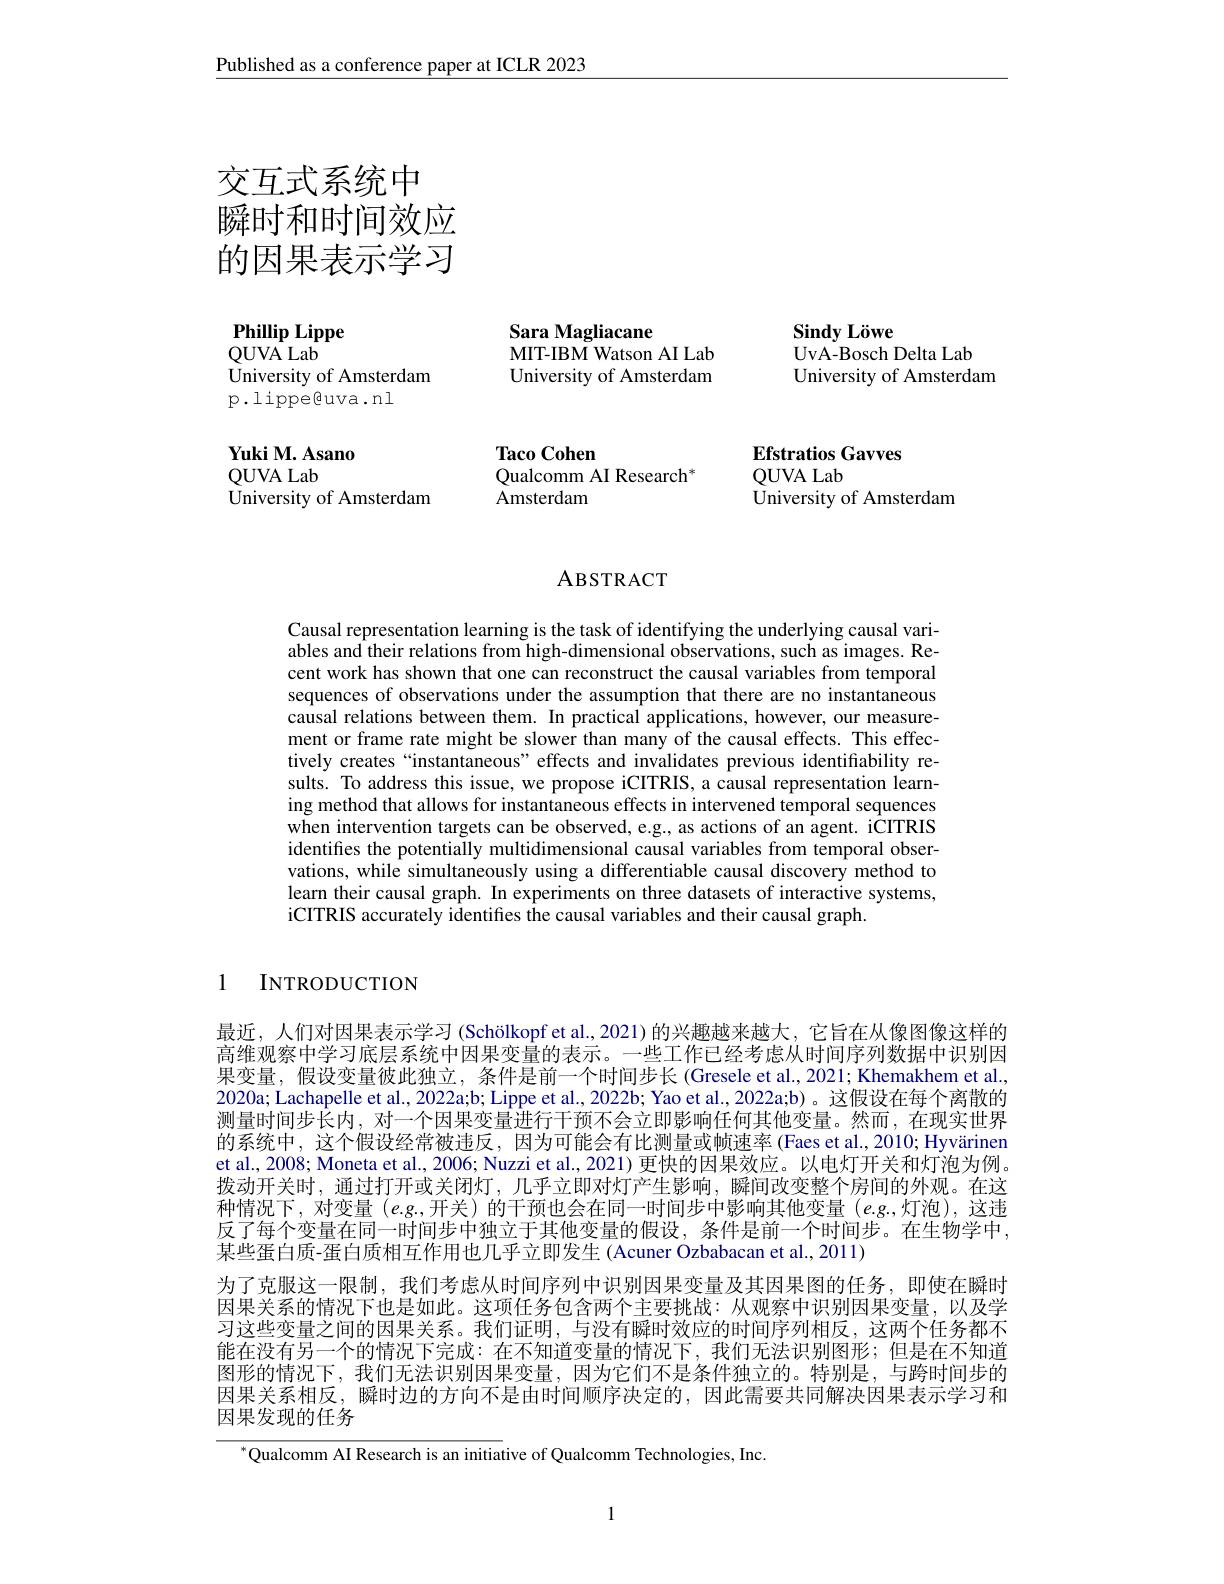
Published as a conference paper at ICLR 2023

交互式系统中
瞬时和时间效应的因果表示学习

Phillip Lippe
QUVA Lab
${\text{University of Amsterdam}}$
p.lippe@uva.nl

$\mathbf{YukiM.Asano}$
QUVA Lab
University of Amsterdam

Sara Magliacane
MIT-IBM Watson AI Lab University of Amsterdam

Sindy Löwe
UvA-Bosch Delta Lab
University of Amsterdam

${\mathrm{Taco~Cohen}}$
Qualcomm AI Research$^{*}$
Amsterdam

Efstratios Gavves
QUVA Lab
University of Amsterdam

ABSTRACT

Causal representation learning is the task of identifying the underlying causal variables and their relations from high-dimensional observations, such as images. Recent work has shown that one can reconstruct the causal variables from temporal sequences of observations under the assumption that there are no instantaneous causal relations between them. In practical applications, however, our measurement or frame rate might be slower than many of the causal effects. This effectively creates “instantaneous” effects and invalidates previous identifiability results. To address this issue, we propose iCITRIS, a causal representation learning method that allows for instantaneous effects in intervened temporal sequences when intervention targets can be observed, e.g., as actions of an agent. iCITRIS identifies the potentially multidimensional causal variables from temporal observations, while simultaneously using a differentiable causal discovery method to learn their causal graph. In experiments on three datasets of interactive systems, iCITRIS accurately identifes the causal variables and their causal graph.

1

INTRODUCTION

最近，人们对因果表示学习(Schölkopf et al.,2021)的兴趣越来越大，它旨在从像图像这样的高维观察中学习底层系统中因果变量的表示。一些工作已经考虑从时间序列数据中识别因果变量，假设变量彼此独立，条件是前一个时间步长 (Gresele et al.,2021; Khemakhem et al., 2020a; Lachapelle et al., 2022a;b; Lippe et al., 2022b; Yao et al., 2022a;b)。这假设在每个离散的测量时间步长内，对一个因果变量进行干预不会立即影响任何其他变量。然而，在现实世界的系统中，这个假设经常被违反，因为可能会有比测量或帧速率 (Faes et al., 2010; Hyvärinen et al., 2008; Moneta et al., 2006; Nuzzi et al., 2021) 更快的因果效应。以电灯开关和灯泡为例。拨动开关时，通过打开或关闭灯，几乎立即对灯产生影响，瞬间改变整个房间的外观。在这种情况下，对变量 $(e.g.$,开关)的干预也会在同一时间步中影响其他变量 $(e.g.$,灯泡),这违反了每个变量在同一时间步中独立于其他变量的假设，条件是前一个时间步。在生物学中某些蛋白质-蛋白质相互作用也几乎立即发生 (Acuner Ozbabacan et al., 2011)
为了克服这一限制，我们考虑从时间序列中识别因果变量及其因果图的任务，即使在瞬时因果关系的情况下也是如此。这项任务包含两个主要挑战：从观察中识别因果变量，以及学习这些变量之间的因果关系。我们证明，与没有瞬时效应的时间序列相反，这两个任务都不能在没有另一个的情况下完成：在不知道变量的情况下，我们无法识别图形；但是在不知道图形的情况下，我们无法识别因果变量，因为它们不是条件独立的。特别是，与跨时间步的因果关系相反，瞬时边的方向不是由时间顺序决定的，因此需要共同解决因果表示学习和因果发现的任务

$^{*}$Qualcomm AI Research is an initiative of Qualcomm Technologies, Inc.

1